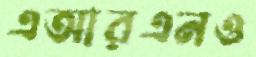
এআরএনও